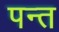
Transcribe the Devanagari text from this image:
पन्‍त